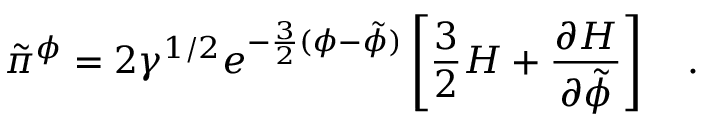
\tilde { \pi } ^ { \phi } = 2 \gamma ^ { 1 / 2 } e ^ { - \frac { 3 } { 2 } ( \phi - \tilde { \phi } ) } \left[ \frac { 3 } { 2 } H + \frac { \partial H } { \partial \tilde { \phi } } \right] ~ ~ ~ .